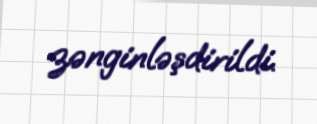
zənginləşdirildi.